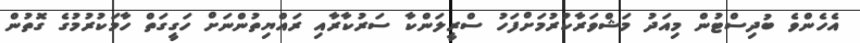
އެހެންވެ ބުދިސްޓުން މިއަދު މަޝްވަރާކުރުމަށްފަހު ސްރީލަންކާ ސަރުކާރާއި ރައްޔިތުންނަށް ހަގީގަތް ހާމަކުރުމުގެ ގޮތުން